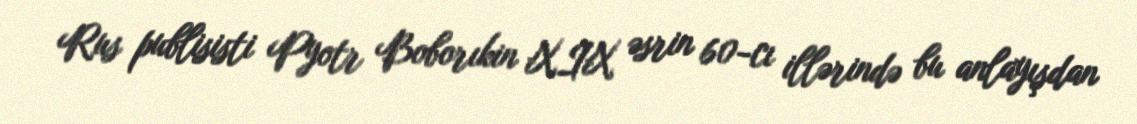
Rus publisisti Pyotr Boborıkin XIX əsrin 60-cı illərində bu anlayışdan